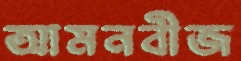
আমনবীজ